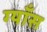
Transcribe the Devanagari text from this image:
ग्याँस